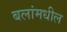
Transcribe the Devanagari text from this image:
बलांमधील